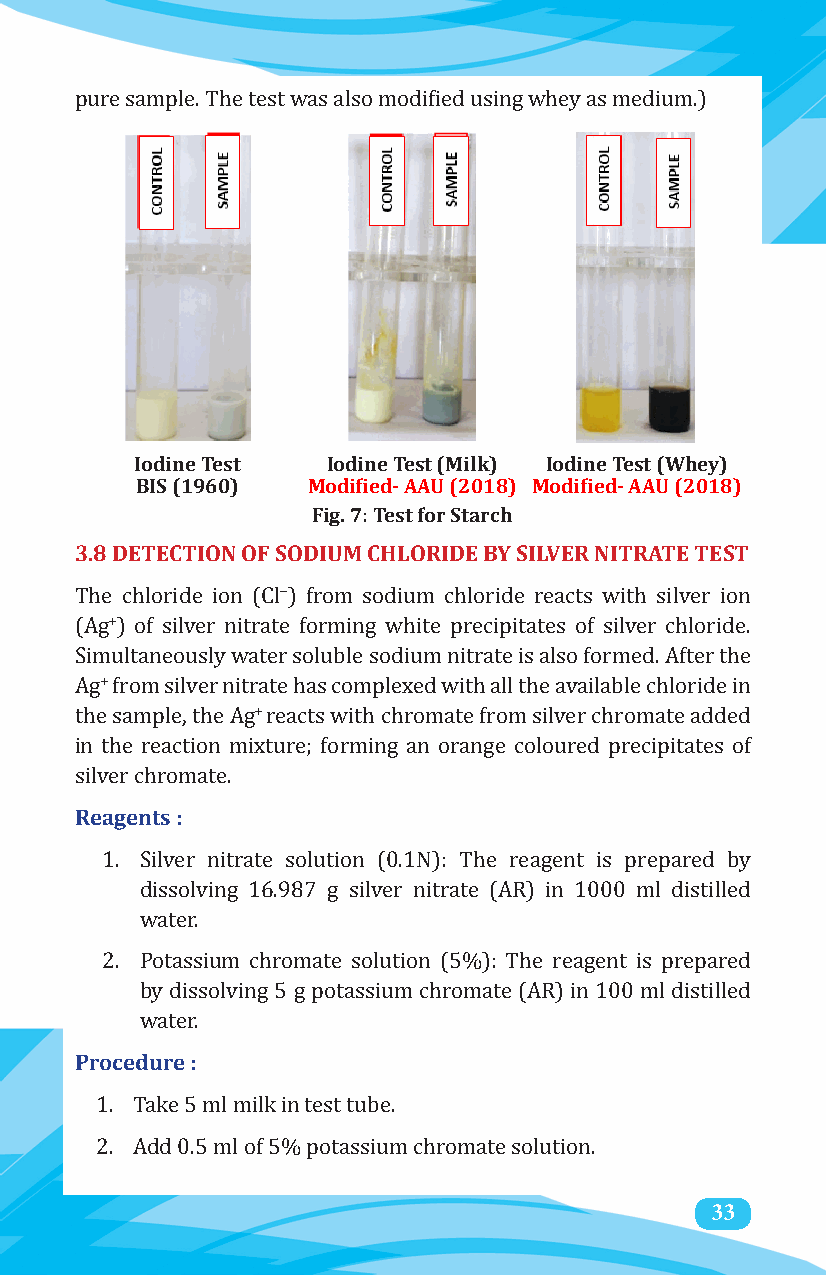
pure sample. The test was also modified using whey as medium.)
 Iodine Test  Iodine Test (Milk) Iodine Test (Whey)
 BIS (1960) Modified- AAU (2018) Modified- AAU (2018)
 Fig. 7: Test for Starch
 3.8 DETECTION OF SODIUM CHLORIDE BY SILVER NITRATE TEST
 −
 +
 The chloride ion (Cl ) from sodium chloride reacts with silver ion
 (Ag ) of silver nitrate forming white precipitates of silver chloride.
 +
 Simultaneously water soluble sodium nitrate is also formed. After the
 +
 Ag from silver nitrate has complexed with all the available chloride in
 the sample, the Ag reacts with chromate from silver chromate added
 in the reaction mixture; forming an orange coloured precipitates of
 Reagents :
 silver chromate.
 1. Silver nitrate solution (0.1N): The reagent is prepared by
 dissolving 16.987 g silver nitrate (AR) in 1000 ml distilled
 water.
 2. Potassium chromate solution (5%): The reagent is prepared
 by dissolving 5 g potassium chromate (AR) in 100 ml distilled
 Procedure :
 water.
 1. Take 5 ml milk in test tube.
 2. Add 0.5 ml of 5% potassium chromate solution.
 33